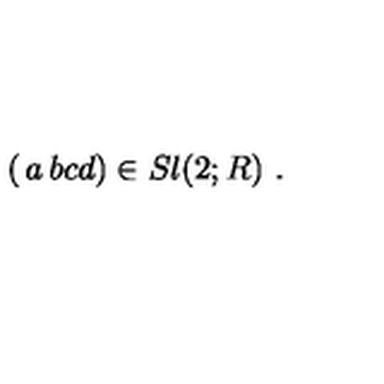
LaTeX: \left( \begin{matrix} { a } & { b } \\ { c } & { d } \\ \end{matrix} \right) \in S l ( 2 ; R ) \ .